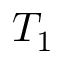
T _ { 1 }